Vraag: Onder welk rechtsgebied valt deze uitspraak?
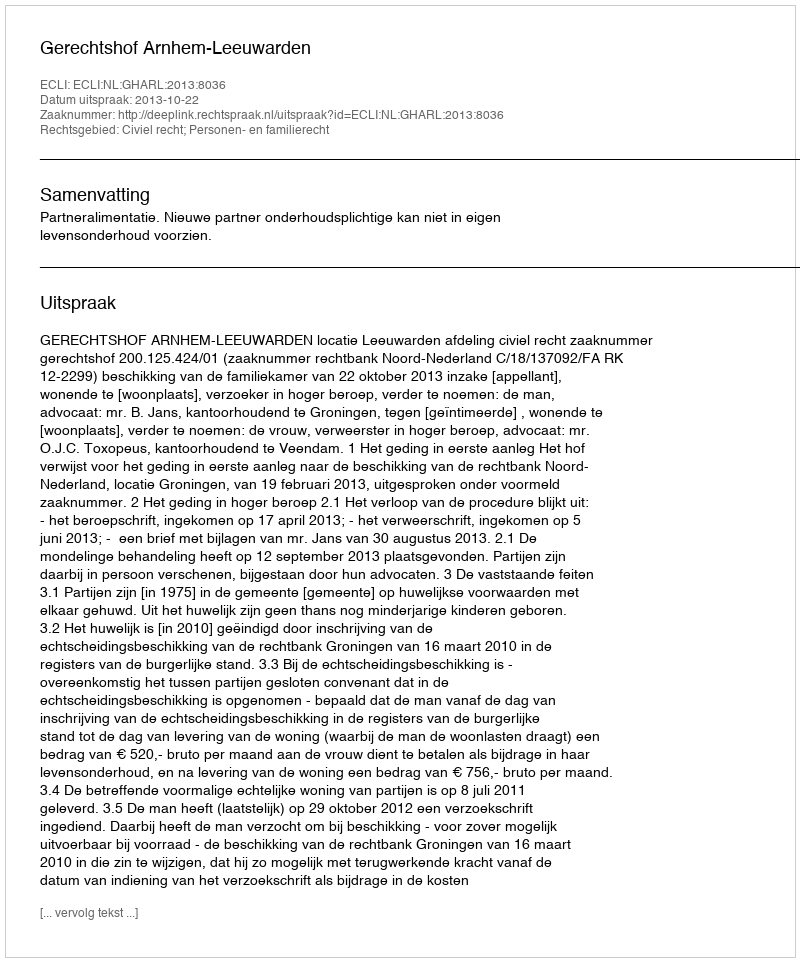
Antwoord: Civiel recht; Personen- en familierecht